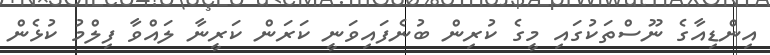
އިންޑިއާގެ ނޫސްތަކުގައި މީގެ ކުރިން ބުނެފައިވަނީ ކަރަން ކަރީނާ ލައްވާ ފިލްމު ކުޅެން